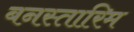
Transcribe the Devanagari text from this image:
बनस्तारिम